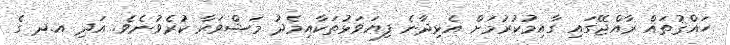
ހައްޤުތައް ރާއްޖޭގައި ގާއިމުކުރުމަށް އެޅިދާނެ ފިޔަވަޅުތަކާއިމެދު މަޝްވަރާ ކުރެވުނެވެ. އަދި އ.ދ ގެ